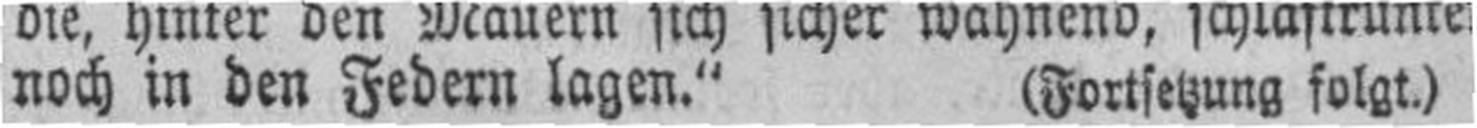
noch in den Federn lagen." (Fortsetzung folgt.)